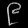
Digit: ၉